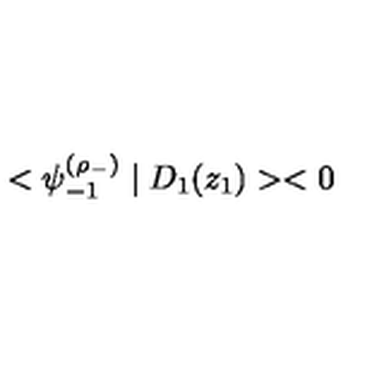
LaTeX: < \psi _ { - 1 } ^ { ( \rho _ { - } ) } \mid D _ { 1 } ( z _ { 1 } ) > < 0